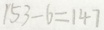
1 5 3 - 6 = 1 4 7